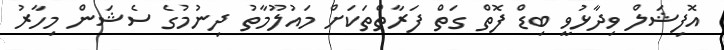
އޮފިޝަލް ވިދާޅުވީ ބިޑް ފޮތް ގަތް ފަރާތްތަކަށް މައުލޫމާތު ދިނުމުގެ ސެޝަން މިހާރު